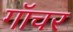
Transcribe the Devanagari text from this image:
गॉचर